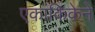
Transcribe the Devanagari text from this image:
एकांकिकेने